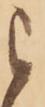
被